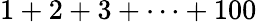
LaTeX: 1+2+3+\cdots+100